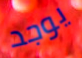
يوجد